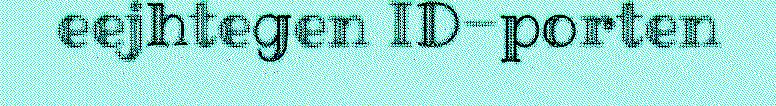
eejhtegen ID-porten